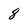
Character: 8